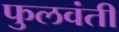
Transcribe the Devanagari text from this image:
फुलवंती